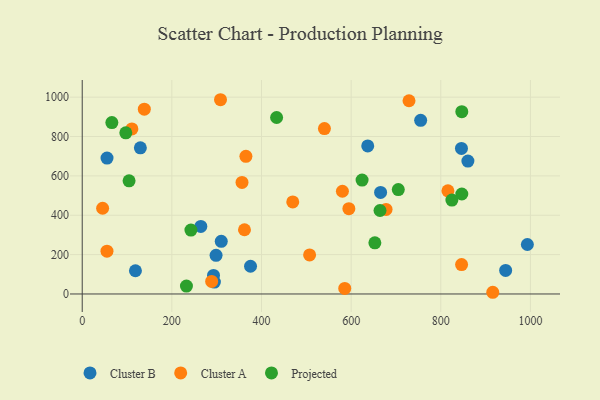
{"axis": {"x": "Investment", "y": "Fuel Efficiency"}, "legend": ["Cluster A", "Cluster B", "Projected"], "data": [{"x": "665.7", "y": 515.9, "type": "Cluster B"}, {"x": "310.2", "y": 267.5, "type": "Cluster B"}, {"x": "860.5", "y": 675.0, "type": "Cluster B"}, {"x": "298.6", "y": 196.5, "type": "Cluster B"}, {"x": "118.7", "y": 117.9, "type": "Cluster B"}, {"x": "129.7", "y": 742.4, "type": "Cluster B"}, {"x": "375.5", "y": 140.9, "type": "Cluster B"}, {"x": "846.1", "y": 739.4, "type": "Cluster B"}, {"x": "292.9", "y": 94.1, "type": "Cluster B"}, {"x": "55.3", "y": 690.3, "type": "Cluster B"}, {"x": "993.2", "y": 251.4, "type": "Cluster B"}, {"x": "944.7", "y": 119.6, "type": "Cluster B"}, {"x": "294.9", "y": 60.6, "type": "Cluster B"}, {"x": "637.0", "y": 752.4, "type": "Cluster B"}, {"x": "264.6", "y": 343.1, "type": "Cluster B"}, {"x": "755.1", "y": 882.3, "type": "Cluster B"}, {"x": "580.5", "y": 521.9, "type": "Cluster A"}, {"x": "594.9", "y": 433.3, "type": "Cluster A"}, {"x": "916.0", "y": 8.6, "type": "Cluster A"}, {"x": "110.8", "y": 838.5, "type": "Cluster A"}, {"x": "55.2", "y": 217.6, "type": "Cluster A"}, {"x": "45.5", "y": 435.4, "type": "Cluster A"}, {"x": "138.5", "y": 938.8, "type": "Cluster A"}, {"x": "507.3", "y": 198.4, "type": "Cluster A"}, {"x": "540.4", "y": 840.3, "type": "Cluster A"}, {"x": "288.8", "y": 63.6, "type": "Cluster A"}, {"x": "365.2", "y": 699.4, "type": "Cluster A"}, {"x": "585.7", "y": 28.4, "type": "Cluster A"}, {"x": "846.4", "y": 149.4, "type": "Cluster A"}, {"x": "677.9", "y": 429.7, "type": "Cluster A"}, {"x": "362.0", "y": 326.4, "type": "Cluster A"}, {"x": "729.1", "y": 981.8, "type": "Cluster A"}, {"x": "308.5", "y": 986.9, "type": "Cluster A"}, {"x": "469.7", "y": 467.9, "type": "Cluster A"}, {"x": "815.9", "y": 524.2, "type": "Cluster A"}, {"x": "356.5", "y": 566.8, "type": "Cluster A"}, {"x": "846.9", "y": 508.0, "type": "Projected"}, {"x": "652.9", "y": 259.9, "type": "Projected"}, {"x": "664.4", "y": 424.2, "type": "Projected"}, {"x": "97.2", "y": 818.7, "type": "Projected"}, {"x": "66.1", "y": 871.0, "type": "Projected"}, {"x": "433.7", "y": 896.5, "type": "Projected"}, {"x": "232.5", "y": 40.3, "type": "Projected"}, {"x": "846.9", "y": 926.0, "type": "Projected"}, {"x": "624.4", "y": 578.6, "type": "Projected"}, {"x": "705.2", "y": 530.2, "type": "Projected"}, {"x": "242.5", "y": 324.6, "type": "Projected"}, {"x": "104.5", "y": 575.1, "type": "Projected"}, {"x": "824.8", "y": 477.2, "type": "Projected"}]}